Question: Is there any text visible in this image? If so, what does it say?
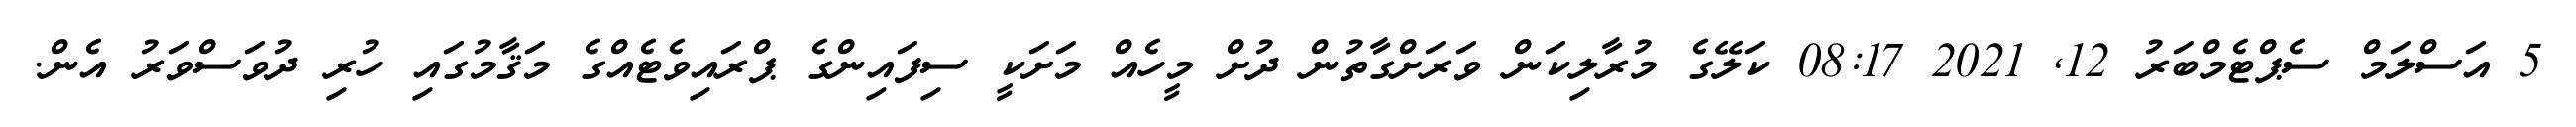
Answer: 5 އަސްލަމް ސެޕްޓެމްބަރު 12, 2021 08:17 ކަލޭގެ މުރާލިކަން ވަރަށްގާތުން ދުށް މީހެއް މަށަކީ ސިފައިންގެ ޕްރައިވެޓެއްގެ މަޤާމުގައި ހުރި ދުވަސްވަރު އެން.